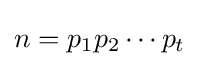
n=p_{1}p_{2}\cdots p_{t}